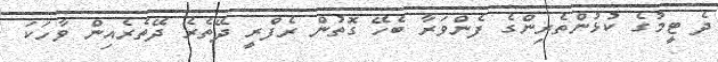
ދެ ޓީމުގެ ކުޅުންތެރިންގެ ފެންވަރާ ބެހޭ ގޮތުން ރެފްރީ ދޭތެރެ ދޭތެރެއިން ވާހަކަ